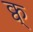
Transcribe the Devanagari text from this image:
क्व्